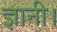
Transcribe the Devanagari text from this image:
ज्ञानी।